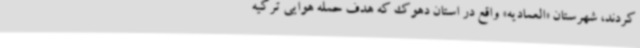
کردند، شهرستان «العمادیه» واقع در استان دهوک که هدف حمله هوایی ترکیه